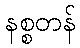
နစ္စတန်